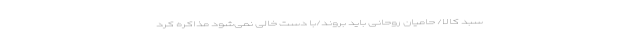
سبد کالا/ حامیان روحانی باید بروند/با دست خالی نمی‌شود مذاکره کرد